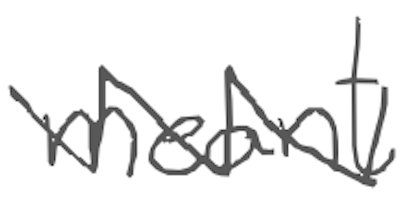
Text: meant
Cross-out: zig-zag
Writing tool: digital_gray